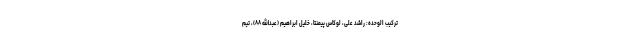
ترکیب الوحده: راشد علی، لوکاس پیمنتا، خلیل ابراهیم (عبدالله ۸۸)، تیم